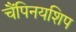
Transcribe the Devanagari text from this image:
चैंपिनयशिप